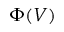
\Phi ( V )